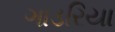
ગાડરિયા